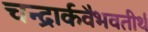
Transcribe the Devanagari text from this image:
चन्द्रार्कवैभवतीर्थ